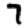
Digit: 7